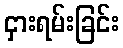
ငှားရမ်းခြင်း